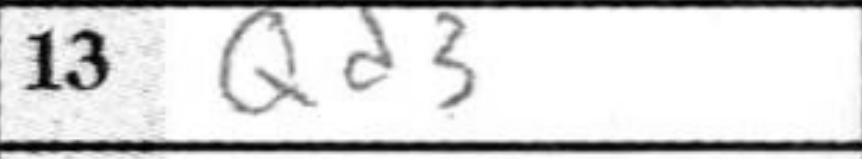
Transcription: Qd3